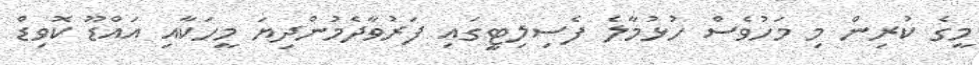
މީގެ ކުރިން މި މަހުވެސް ހުޅުމާލެ ފެސިލިޓީގައި ފަރުވާދެމުންދިޔަ މީހަކާއި އައްޑޫ ކޮވިޑް